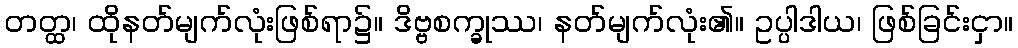
တတ္ထ၊ ထိုနတ်မျက်လုံးဖြစ်ရာ၌။ ဒိဗ္ဗစက္ခုဿ၊ နတ်မျက်လုံး၏။ ဥပ္ပါဒါယ၊ ဖြစ်ခြင်းငှာ။